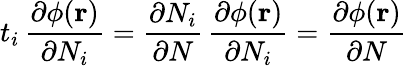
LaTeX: t_{i}\, \frac{\partial\phi(\mathbf{r})}{\partial N_{i}}=\frac{\partial N_{i}}{\partial N}\, \frac{\partial\phi(\mathbf{r})}{\partial N_{i}}=\frac{\partial\phi(\mathbf{r})}{\partial N}